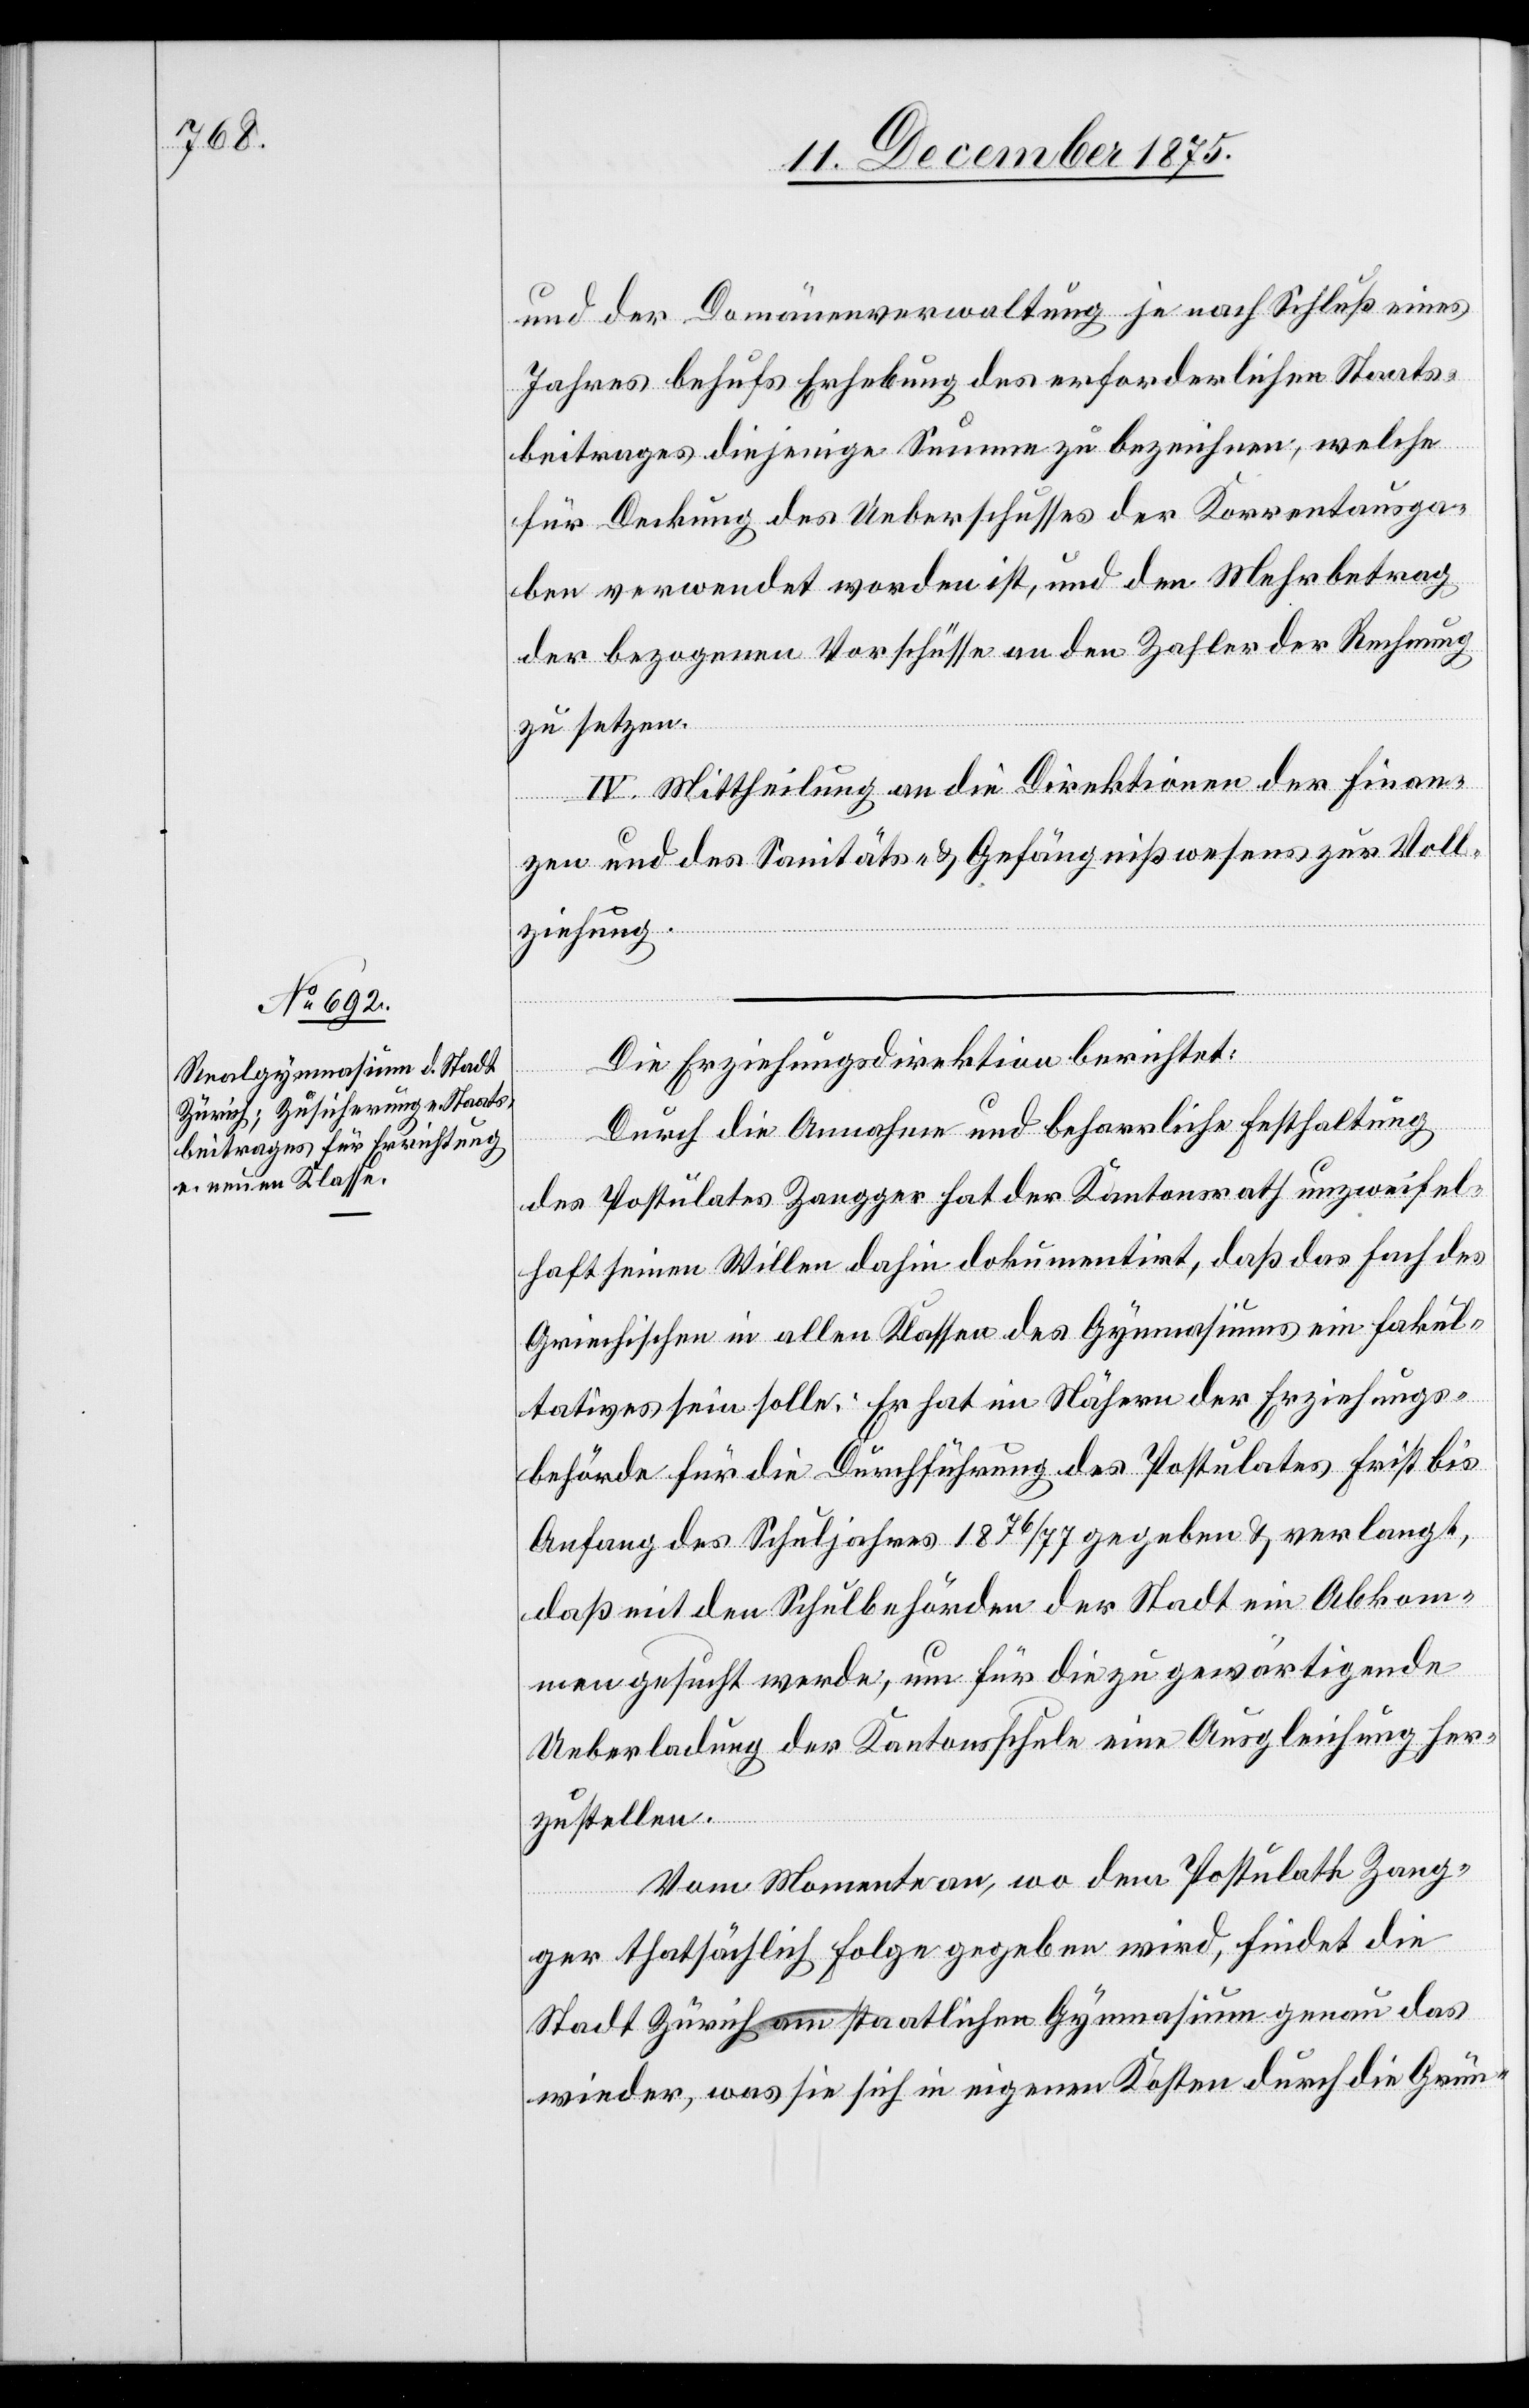
und der Domänenverwaltung je nach Schluß eines
Jahres behufs Erhebung des erforderlichen Staats¬
beitrages diejenige Summe zu bezeichnen, welche
für Deckung des Ueberschusses der Korrentausga¬
ben verwendet worden ist, und den Mehrbetrag
der bezogenen Vorschüsse an den Zahler der Rechnung
zu setzen.
IV. Mittheilung an die Direktion der Finan¬
zen und des Sanitäts- & Gefängnißwesens zur Voll¬
ziehung.
Die Erziehungsdirektion berichtet:
Durch die Annahme und beharrliche Festhaltung
des Postulates Zangger hat der Kantonsrath unzweifel¬
haft seinen Willen dahin dokumentirt, daß das Fach des
Griechischen in allen Klassen des Gymnasiums ein fakul¬
tatives sein solle. Er hat im Nähern der Erziehungs¬
behörde für die Durchführung des Postulates Frist bis
Anfang des Schuljahres 1876/77 gegeben & verlangt,
daß mit den Schulbehörden der Stadt ein Abkom¬
men gesucht werde, um für die zu gewärtigende
Ueberladung der Kantonsschule eine Ausgleichung her¬
zustellen.
Vom Momente an, wo dem Postulate Zang¬
ger thatsächlich Folge gegeben wird, findet die
Stadt Zürich am staatlichen Gymnasium genau das
wieder, was sie sich in eigenen Kosten durch die Gründ-